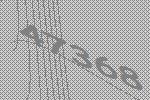
47368